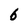
Character: 6